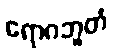
ရောဂဘူတံ